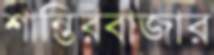
শান্তিরবাজার